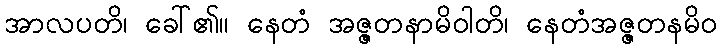
အာလပတိ၊ ခေါ်၏။ နေတံ အဇ္ဇတနာမိဝါတိ၊ နေတံအဇ္ဇတနမိဝ